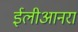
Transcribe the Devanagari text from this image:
ईलीआनरा